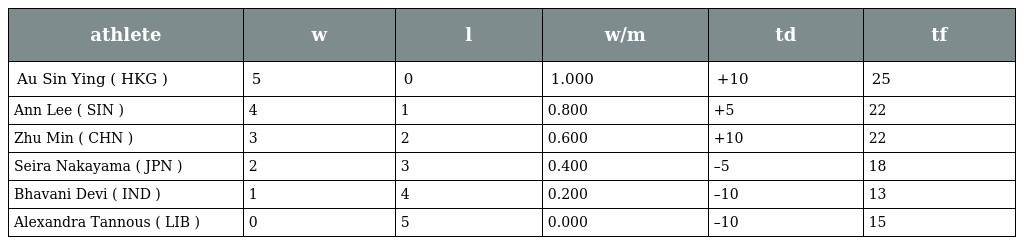
| athlete | w | l | w/m | td | tf |
 | --- | --- | --- | --- | --- | --- |
 | Au Sin Ying ( HKG ) | 5 | 0 | 1.000 | +10 | 25 |
 | Ann Lee ( SIN ) | 4 | 1 | 0.800 | +5 | 22 |
 | Zhu Min ( CHN ) | 3 | 2 | 0.600 | +10 | 22 |
 | Seira Nakayama ( JPN ) | 2 | 3 | 0.400 | –5 | 18 |
 | Bhavani Devi ( IND ) | 1 | 4 | 0.200 | –10 | 13 |
 | Alexandra Tannous ( LIB ) | 0 | 5 | 0.000 | –10 | 15 |